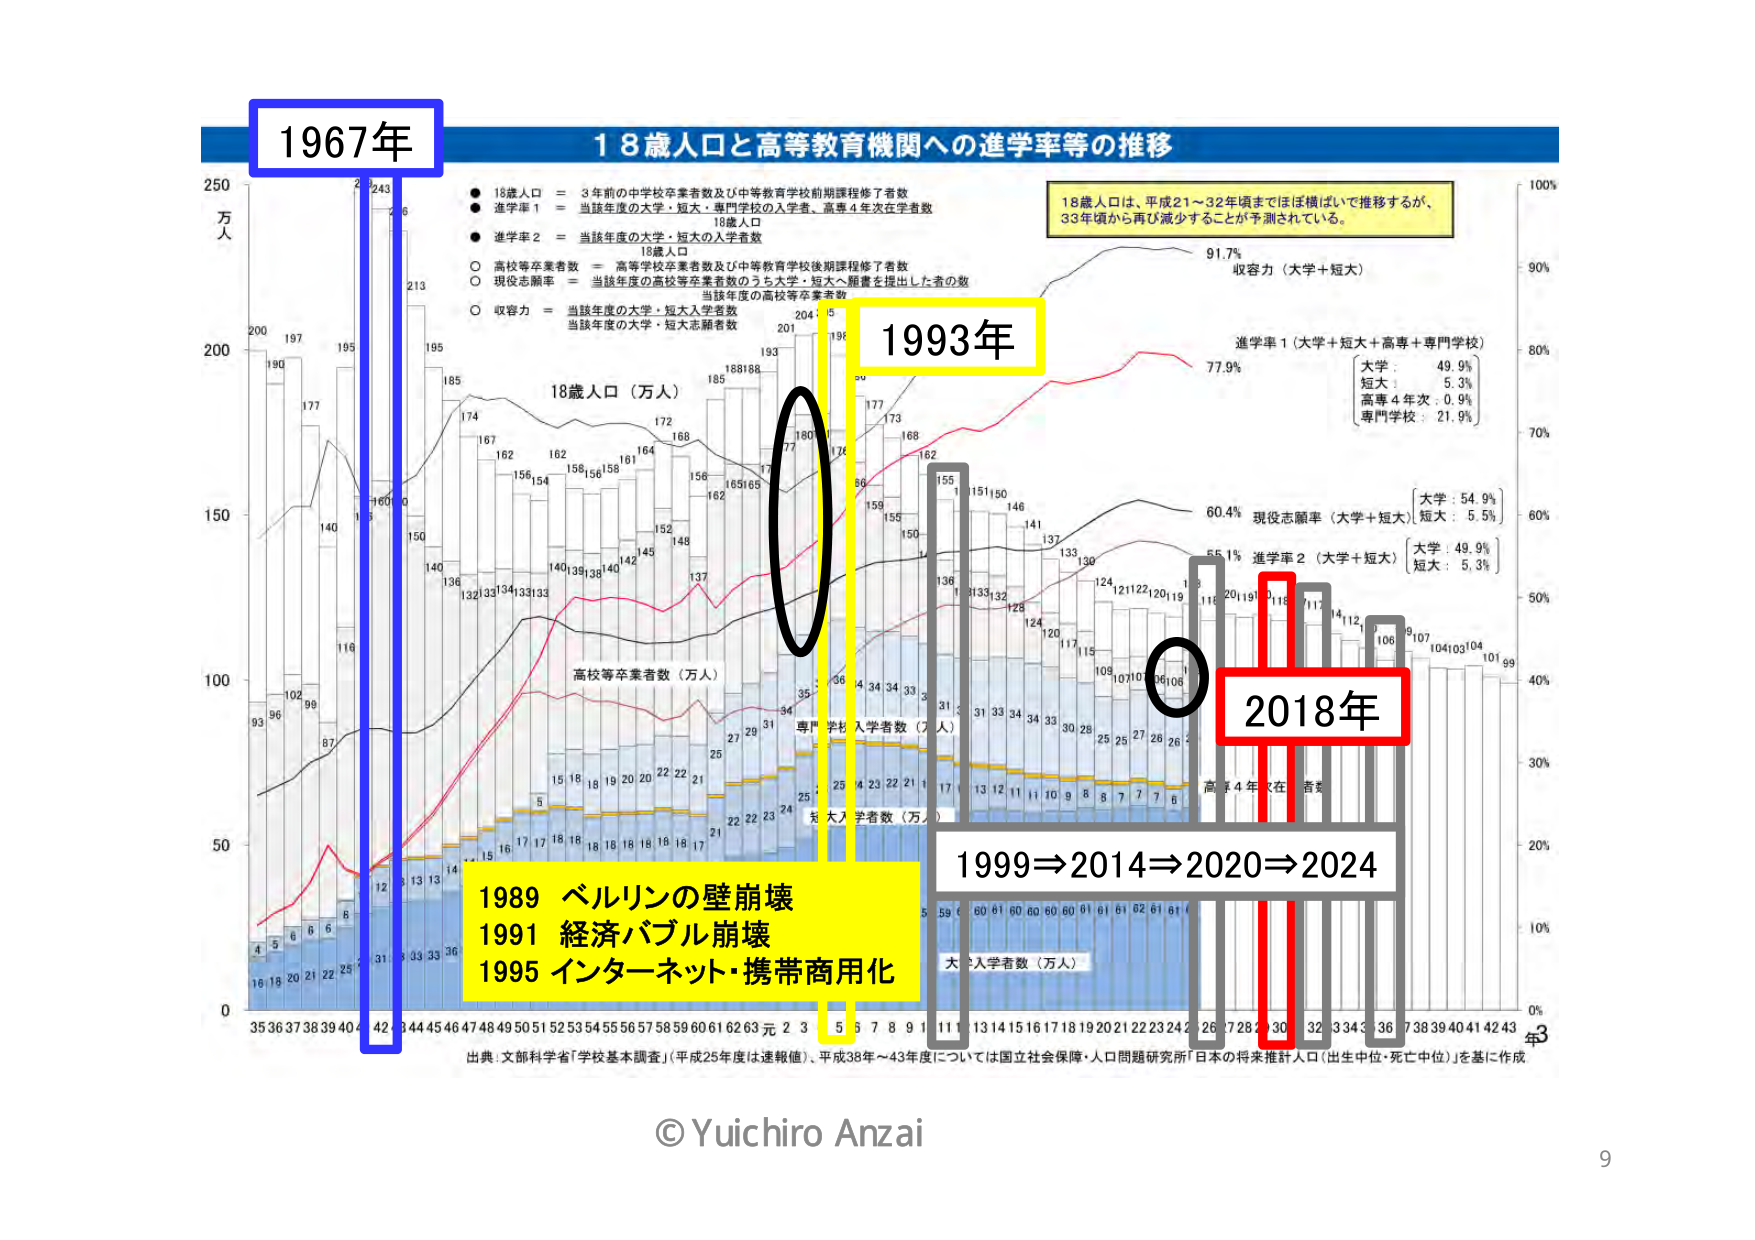
1967年
18歳人口と高等教育機関への進学率等の推移
18歳人口 = 3年前の中学校卒業者数及び中等教育学校前期課程修了者数
進学率1 = 当該年度の大学・短大・専門学校の入学者、高専4年次在学者数
18歳人口
進学率2 = 当該年度の大学・短大の入学者数
18歳人口
高校等卒業者数 = 高等学校卒業者数及び中等教育学校後期課程修了者数
現役志願率 = 当該年度の高校等卒業者数のうち大学・短大・願書を提出した者の数
当該年度の高校等卒業者数
収容力 = 当該年度の大学・短大入学者数
当該年度の大学・短大志願者数
18歳人口（万人）
250
200
150
100
50
0
243
243
213
195
195
185
174
167
162
162
156
154
156
158
161
164
172
168
156
156
155
155
150
148
145
142
140
139
138
134
133
133
132
132
131
130
129
128
127
126
125
124
123
122
121
120
119
118
117
116
115
114
113
112
111
110
109
108
107
106
105
104
103
102
101
100
99
98
97
96
95
94
93
92
91
90
89
88
87
86
85
84
83
82
81
80
79
78
77
76
75
74
73
72
71
70
69
68
67
66
65
64
63
62
61
60
59
58
57
56
55
54
53
52
51
50
49
48
47
46
45
44
43
42
41
40
39
38
37
36
35
34
33
32
31
30
29
28
27
26
25
24
23
22
21
20
19
18
17
16
15
14
13
12
11
10
9
8
7
6
5
4
3
2
1
0
35 36 37 38 39 40 41 42 43 44 45 46 47 48 49 50 51 52 53 54 55 56 57 58 59 60 61 62 63 元 2 3 4 5 6 7 8 9 10 11 12 13 14 15 16 17 18 19 20 21 22 23 24 25 26 27 28 29 30 31 32 33 34 35 36 37 38 39 40 41 42 43
高校等卒業者数（万人）
専門学校入学者数（万人）
短大入学者数（万人）
大学入学者数（万人）
1993年
18歳人口は、平成21～32年頃まではほぼ横ばいで推移するが、
33年頃から再び減少することが予測されている。
91.7%
収容力（大学＋短大）
77.9%
進学率1（大学＋短大＋高専＋専門学校）
大学：49.9%
短大：5.3%
高専4年次：0.9%
専門学校：21.9%
60.4%
現役志願率（大学＋短大）
大学：54.9%
短大：5.5%
55.1%
進学率2（大学＋短大）
大学：49.9%
短大：5.3%
2018年
1999⇒2014⇒2020⇒2024
1989 ベルリンの壁崩壊
1991 経済バブル崩壊
1995 インターネット・携帯商用化
出典：文部科学省「学校基本調査」（平成25年度は速報値）、平成38年～43年度については国立社会保障・人口問題研究所「日本の将来推計人口（出生中位・死亡中位）」を基に作成
© Yuichiro Anzai
9
100%
90%
80%
70%
60%
50%
40%
30%
20%
10%
0%
年
万人